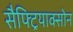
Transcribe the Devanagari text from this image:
सैफ्ट्रियाक्सोन